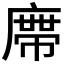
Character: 𭙺